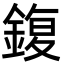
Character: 鍑